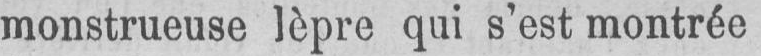
monstrueuse lèpre qui s’est montrée